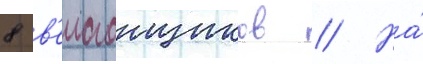
8 в'елогонщиков // На́